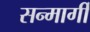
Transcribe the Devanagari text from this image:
सन्मार्गी